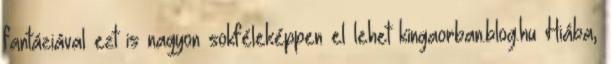
fantáziával ezt is nagyon sokféleképpen el lehet kingaorban.blog.hu Hiába,